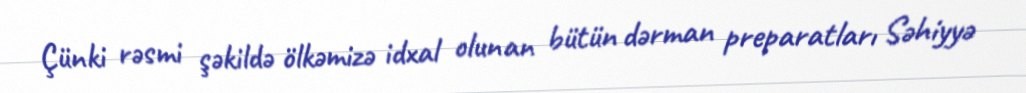
Çünki rəsmi şəkildə ölkəmizə idxal olunan bütün dərman preparatları Səhiyyə